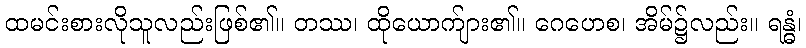
ထမင်းစားလိုသူလည်းဖြစ်၏။ တဿ၊ ထိုယောက်ျား၏။ ဂေဟေစ၊ အိမ်၌လည်း။ ရန္ဓံ၊